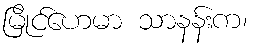
မြိုင်ဟေမာ သာနန်းက၊